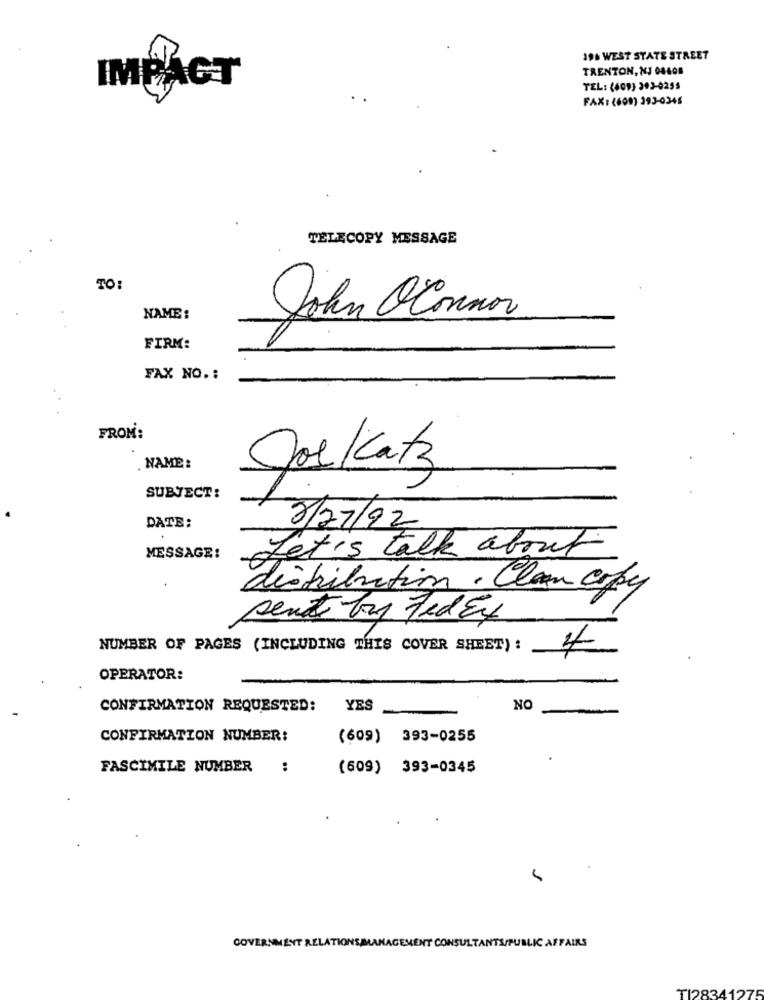
196 WEST STATE STREET
TRENTON, NJ 08408
IMPACT
TEL: (609) 303-0255
FAX: (600) 393-0345
TELECOPY MESSAGE
TO:
NAME :
John Oconnor
FIRM:
FAX NO .:
FROM:
. NAME:
Jos Katz
SUBJECT:
DATE:
8/27/92
Let's talk about
MESSAGE:
distribution . Clan copy
sent by fed Ex
NUMBER OF PAGES (INCLUDING THIS COVER SHEET) :
4
OPERATOR:
CONFIRMATION REQUESTED:
YES
NO
CONFIRMATION NUMBER:
(609) 393-0255
FASCIMILE NUMBER
:
(609) 393-0345
GOVERNMENT RELATIONS MANAGEMENT CONSULTANTS/PUBLIC AFFAIRS
TI28341275